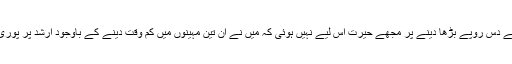
تیسرے ہی مہینے دس روپے بڑھا دینے پر مجھے حیرت اس لیے نہیں ہوئی کہ میں نے ان تین مہینوں میں کم وقت دینے کے باوجود ارشد پر پوری توجہ دی تھی۔